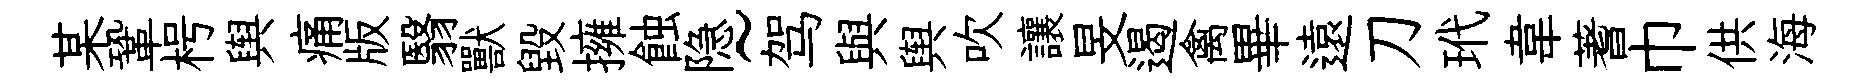
某鞏枵舆痛版翳獸毀擁蝕隐~驾與舆吹讓旻遏禽畢遠刀玳韋蓍巾供海